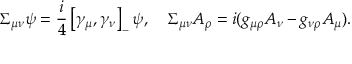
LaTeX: \Sigma _ { \mu \nu } \psi = \frac { i } { 4 } \left[ \gamma _ { \mu } , \gamma _ { \nu } \right] _ { - } \psi , \quad \Sigma _ { \mu \nu } A _ { \rho } = i ( g _ { \mu \rho } A _ { \nu } - g _ { \nu \rho } A _ { \mu } ) .